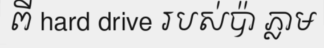
ពី hard drive របស់ប៉ា ភ្លាម